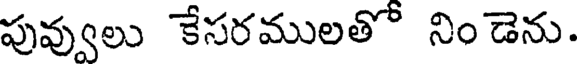
పువ్వులు కేసరములతో నిం డెను.